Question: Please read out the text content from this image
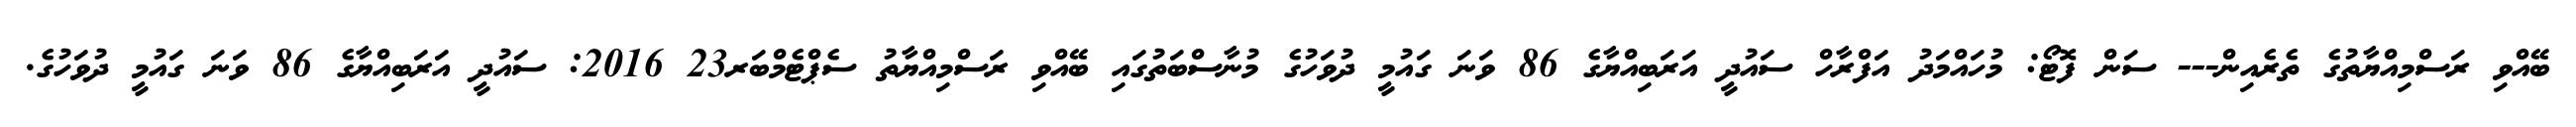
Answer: ބޭއްވި ރަސްމިއްޔާތުގެ ތެރެއިން--- ސަން ފޮޓޯ: މުހައްމަދު އަފްރާހް ސައުދީ އަރަބިއްޔާގެ 86 ވަނަ ގައުމީ ދުވަހުގެ މުނާސްބަތުގައި ބޭއްވި ރަސްމިއްޔާތު ސެޕްޓެމްބަރ23 2016: ސައުދީ އަރަބިއްޔާގެ 86 ވަނަ ގައުމީ ދުވަހުގެ.